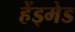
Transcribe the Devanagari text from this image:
हेंड्मेड